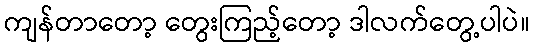
ကျန်တာတော့ တွေးကြည့်တော့ ဒါလက်တွေ့ပါပဲ။